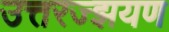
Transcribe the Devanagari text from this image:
उत्तरज्झयण